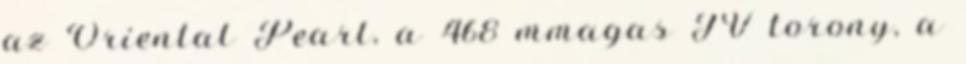
az Oriental Pearl, a 468 mmagas TV torony, a